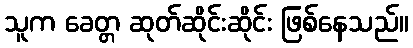
သူက ခေတ္တ ဆုတ်ဆိုင်းဆိုင်း ဖြစ်နေသည်။